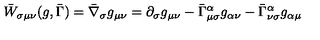
\bar { W } _ { \sigma \mu \nu } ( g , \bar { \Gamma } ) = \bar { \nabla } _ { \sigma } g _ { \mu \nu } = \partial _ { \sigma } g _ { \mu \nu } - \bar { \Gamma } _ { \mu \sigma } ^ { \alpha } g _ { \alpha \nu } - \bar { \Gamma } _ { \nu \sigma } ^ { \alpha } g _ { \alpha \mu }